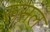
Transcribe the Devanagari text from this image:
रूसल